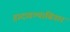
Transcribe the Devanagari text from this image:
हादाडल्याबिगार